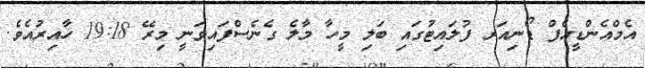
އެމްއެންޑީއެފް ޑޯނިއަރ ފުލައިޓުގައި ބަލި މީހާ މާލެ ގެނެސްފައިވަނީ މިރޭ 19:18 ހާއިރުއެވެ.